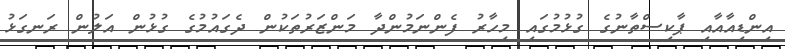
އިންޑިއާއާއި ޕާކިސްތާނުގެ ގުޅުމުގައި މިހާރު ފެންނަމުންދާ މަންޒަރުތަކުން ދެގައުމުގެ ގުޅުން އަލުން ރަނގަޅު